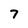
Character: 7